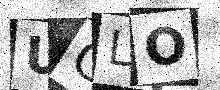
Text: UGLO